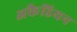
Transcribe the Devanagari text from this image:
अकैडियन